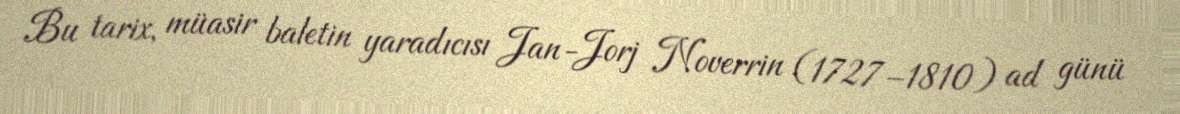
Bu tarix, müasir baletin yaradıcısı Jan-Jorj Noverrin (1727–1810) ad günü